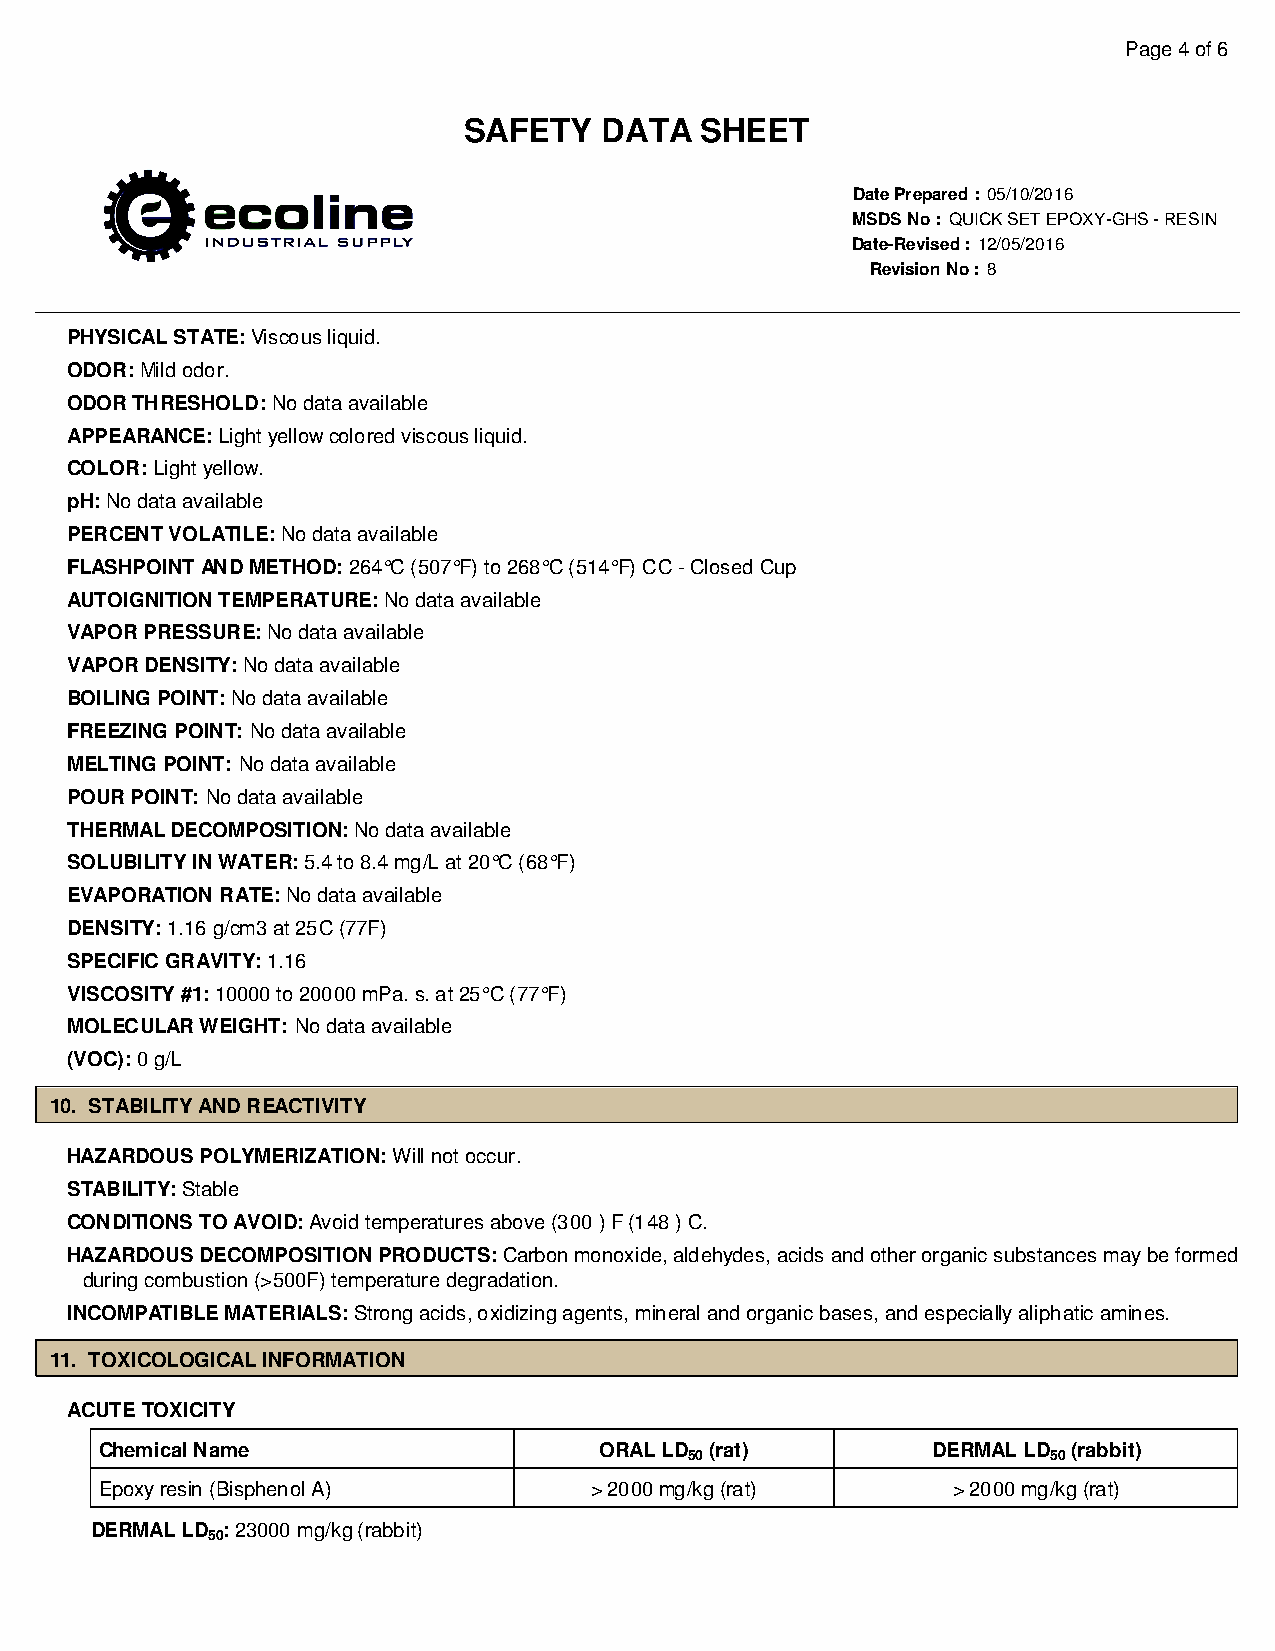
Page 4 of 6
 SAFETY   DATA  SHEET
 Date Prepared : 05/10/2016
 MSDS No : QUICK SET EPOXY-GHS - RESIN
 Date-Revised : 12/05/2016
 Revision No : 8
 PHYSICAL STATE: Viscous liquid.
 ODOR: Mild odor.
 ODOR THRESHOLD: No data available
 APPEARANCE: Light yellow colored viscous liquid.
 COLOR: Light yellow.
 pH: No data available
 PERCENT VOLATILE: No data available
 FLASHPOINT AND METHOD: 264°C (507°F) to 268°C (514°F) CC - Closed Cup
 AUTOIGNITION TEMPERATURE: No data available
 VAPOR PRESSURE: No data available
 VAPOR DENSITY: No data available
 BOILING POINT: No data available
 FREEZING POINT: No data available
 MELTING POINT: No data available
 POUR POINT: No data available
 THERMAL DECOMPOSITION: No data available
 SOLUBILITY IN WATER: 5.4 to 8.4 mg/L at 20°C (68°F)
 EVAPORATION RATE: No data available
 DENSITY: 1.16 g/cm3 at 25C (77F)
 SPECIFIC GRAVITY: 1.16
 VISCOSITY #1: 10000 to 20000 mPa. s. at 25°C (77°F)
 MOLECULAR WEIGHT: No data available
 (VOC): 0 g/L
 10. STABILITY AND REACTIVITY
 HAZARDOUS POLYMERIZATION: Will not occur.
 STABILITY: Stable
 CONDITIONS TO AVOID: Avoid temperatures above (300 ) F (148 ) C.
 HAZARDOUS DECOMPOSITION PRODUCTS: Carbon monoxide, aldehydes, acids and other organic substances may be formed
 during combustion (>500F) temperature degradation.
 INCOMPATIBLE MATERIALS: Strong acids, oxidizing agents, mineral and organic bases, and especially aliphatic amines.
 11. TOXICOLOGICAL INFORMATION
 ACUTE TOXICITY
 Chemical Name                    ORAL LD (rat)         DERMAL LD (rabbit)
 50                      50
 Epoxy resin (Bisphenol A)       >2000 mg/kg (rat)       >2000 mg/kg (rat)
 DERMAL LD : 23000 mg/kg (rabbit)
 50